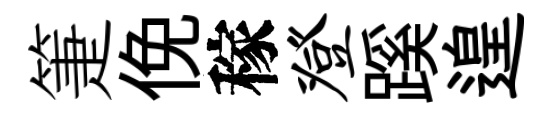
箑俛稼登蹊遑